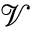
\mathcal { V }